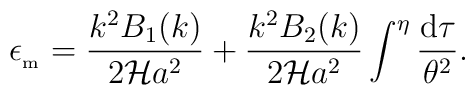
\epsilon _{_{\rm m}}=\frac{k^2B_1(k)}{2{\cal H}a^2}+\frac{k^2B_2(k)}{2{\cal H}a^2} \int ^{\eta }\frac{{\rm d}\tau}{\theta ^2}.